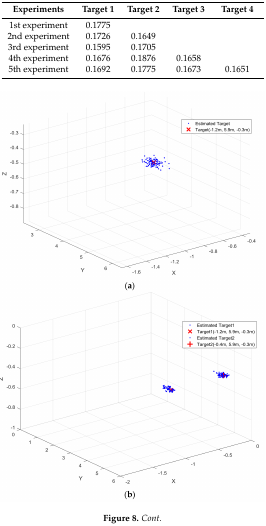
<table><thead><tr><td><b>Experiments</b></td><td><b>Target 1</b></td><td><b>Target 2</b></td><td><b>Target 3</b></td><td><b>Target 4</b></td></tr></thead><tbody><tr><td>1st experiment</td><td>0.1775</td><td></td><td></td><td></td></tr><tr><td>2nd experiment</td><td>0.1726</td><td>0.1649</td><td></td><td></td></tr><tr><td>3rd experiment</td><td>0.1595</td><td>0.1705</td><td></td><td></td></tr><tr><td>4th experiment</td><td>0.1676</td><td>0.1876</td><td>0.1658</td><td></td></tr><tr><td>5th experiment</td><td>0.1692</td><td>0.1775</td><td>0.1673</td><td>0.1651</td></tr></tbody></table>